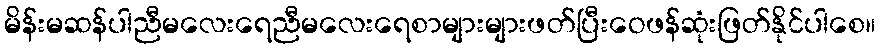
မိန်းမဆန်ပါညီမလေးရေညီမလေးရေစာများများဖတ်ပြီးဝေဖန်ဆုံးဖြတ်နိုင်ပါစေ။